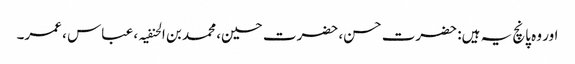
اور وہ پانچ یہ ہیں: حضرت حسن، حضرت حسین، محمد بن الحنفیہ ، عباس ، عمر۔